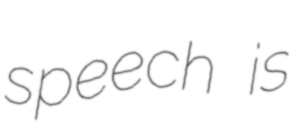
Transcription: speech is